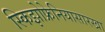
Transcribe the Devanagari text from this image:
स्किझोफ्रेनियासारखा